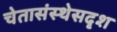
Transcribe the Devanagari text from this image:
चेतासंस्थेसदृश